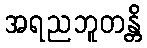
အရညဘူတန္တိ